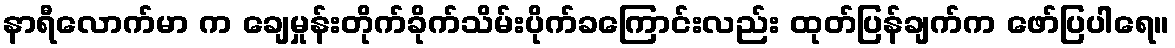
နာရီလောက်မာ က ချေမှုန်းတိုက်ခိုက်သိမ်းပိုက်ခကြောင်းလည်း ထုတ်ပြန်ချက်က ဖော်ပြပါရေ။